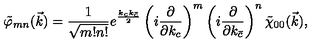
\tilde { \varphi } _ { m n } ( \vec { k } ) = \frac { 1 } { \sqrt { m ! n ! } } e ^ { \frac { k _ { c } k _ { \bar { c } } } { 2 } } \left( i \frac { \partial } { \partial k _ { c } } \right) ^ { m } \left( i \frac { \partial } { \partial k _ { \bar { c } } } \right) ^ { n } \tilde { \chi } _ { 0 0 } ( \vec { k } ) ,